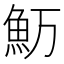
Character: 𱆤